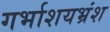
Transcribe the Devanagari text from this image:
गर्भाशयभ्रंश